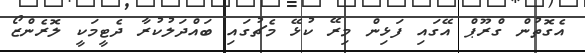
އެގޮތުން ގްރޫޕް އޭގައި ފަޅިން މިރޭ ކުޅޭ މެޗުގައި ބައްދަލުކުރާ ދެޓީމަކީ ލޮރެންޒޯ